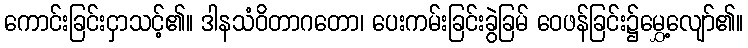
ကောင်းခြင်းငှာသင့်၏။ ဒါနသံဝိတာဂတော၊ ပေးကမ်းခြင်းခွဲခြမ် ဝေဖန်ခြင်း၌မွှေ့လျော်၏။